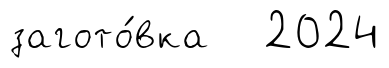
загото́вка 2024